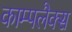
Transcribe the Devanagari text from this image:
काम्पलैक्स